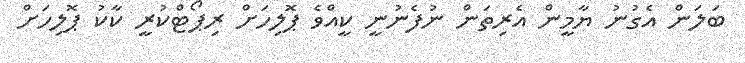
ބަލަން އެގުނު ޔާމީން އެރިތަން ނުފެނުނީ ކީއްވެ ޕޮލިހަށް ރިޕޯޓްކުރީ ކާކު ޕޮލިހަށް